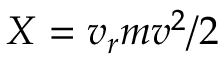
X = v _ { r } m v ^ { 2 } / 2